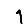
Digit: 1